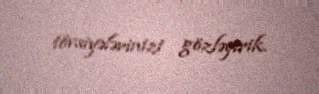
tövsiyələrinizi gözləyirik.